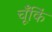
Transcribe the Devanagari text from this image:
चूँकिं